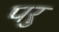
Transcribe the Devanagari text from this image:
परु